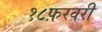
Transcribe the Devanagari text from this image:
१८फ़रवरी